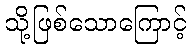
သို့ဖြစ်သောကြောင့်